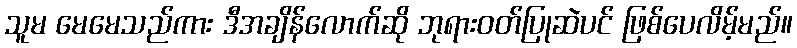
သူမ မေမေသည်ကား ဒီအချိန်လောက်ဆို ဘုရားဝတ်ပြုဆဲပင် ဖြစ်ပေလိမ့်မည်။